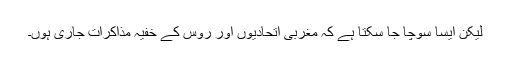
لیکن ایسا سوچا جا سکتا ہے کہ مغربی اتحادیوں اور روس کے خفیہ مذاکرات جاری ہوں۔